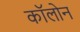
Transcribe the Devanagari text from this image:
काॅलोन